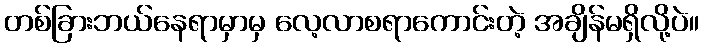
တစ်ခြားဘယ်နေရာမှာမှ လေ့လာစရာကောင်းတဲ့ အချိန်မရှိလို့ပဲ။